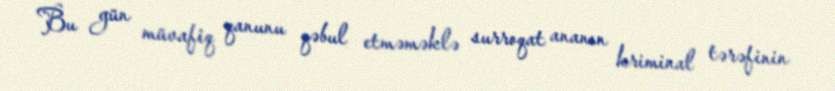
Bu gün müvafiq qanunu qəbul etməməklə surroqat ananın kriminal tərəfinin